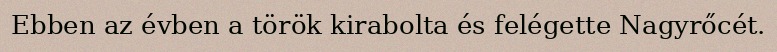
Ebben az évben a török kirabolta és felégette Nagyrőcét.